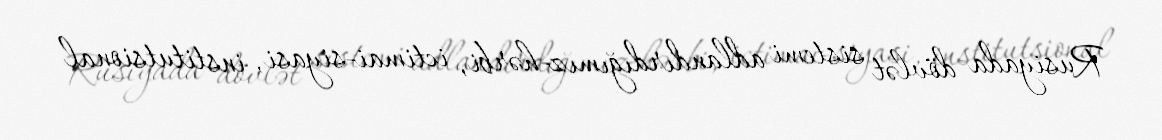
Rusiyada dövlət sistemi adlandırdığımız-hərbi, ictimai-siyasi, institutsional